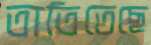
তাতিতেছে